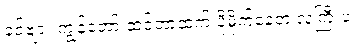
ခင်ဗျား ကျွန်တော် ထင်တာထက် ပိုမိုက်နေတဲ့ လူကြီးပဲ